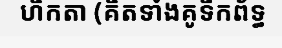
ហិកតា (គិតទាំងគូទឹកព័ទ្ធ